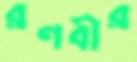
রণবীর